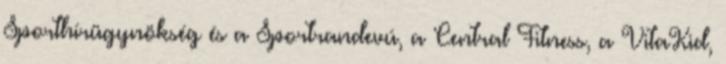
Sporthírügynökség és a Sportrandevú, a Central Fitness, a VitaKid,